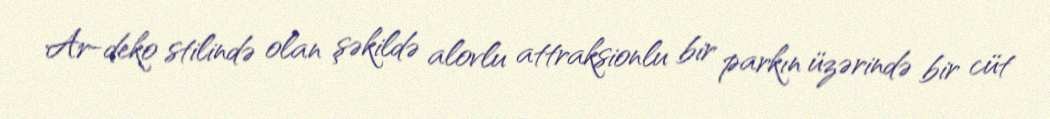
Ar-deko stilində olan şəkildə alovlu attraksionlu bir parkın üzərində bir cüt